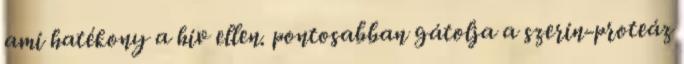
ami hatékony a hiv ellen. pontosabban gátolja a szerin-proteáz